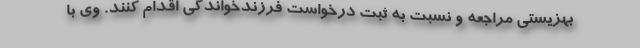
بهزیستی مراجعه و نسبت به ثبت درخواست فرزندخواندگی اقدام کنند. وی با